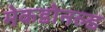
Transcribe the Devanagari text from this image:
मेकडोनल्ड